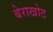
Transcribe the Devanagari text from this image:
बेराखोठ